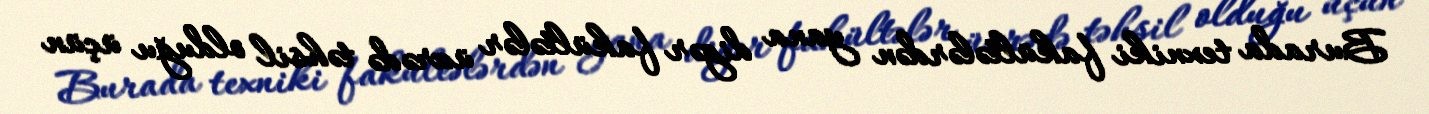
Burada texniki fakültələrdən yana digər fakültələr üzrədə təhsil olduğu üçün